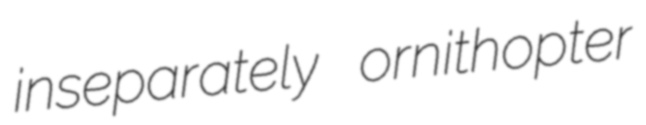
inseparately ornithopter